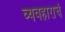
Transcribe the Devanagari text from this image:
व्यवहाराचं